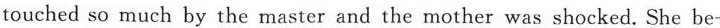
touched so much by the master and the mother was shocked. She be-